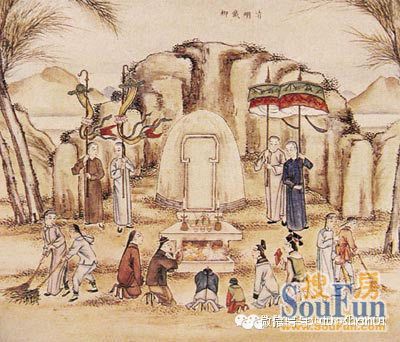
风雨梨花寒食过，几家坟上子孙来？